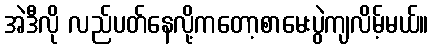
အဲဒီလို လည်ပတ်နေလို့ကတော့စာမေးပွဲကျလိမ့်မယ်။